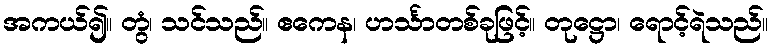
အကယ်၍။ တွံ၊ သင်သည်။ ဧကေန၊ ဟင်္သာတစ်ခုဖြင့်။ တုဋ္ဌော၊ ရောင့်ရဲသည်။